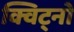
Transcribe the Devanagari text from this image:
क्विट्नो